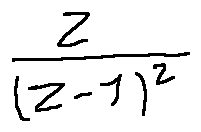
\frac { z } { ( z - 1 ) ^ { 2 } }